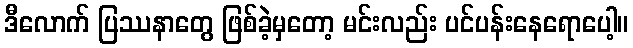
ဒီလောက် ပြဿနာတွေ ဖြစ်ခဲ့မှတော့ မင်းလည်း ပင်ပန်းနေရောပေါ့။